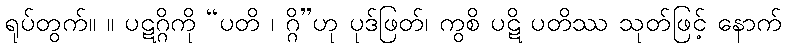
ရုပ်တွက်။ ။ ပဋဂ္ဂိကို “ပတိ ၊ ဂ္ဂိ”ဟု ပုဒ်ဖြတ်၊ ကွစိ ပဋိ ပတိဿ သုတ်ဖြင့် နောက်